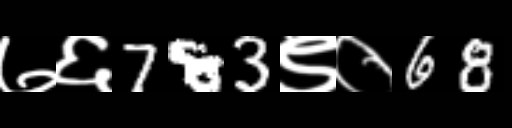
Text: ७६783९०68